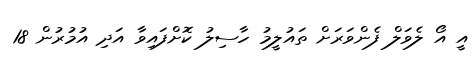
އީ އޯ ލެވަލް ފެންވަރަށް ތައުލީމު ހާސިލު ކޮށްފައިވާ އަދި އުމުރުން 18